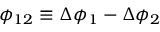
\phi _ { 1 2 } \equiv \Delta \phi _ { 1 } - \Delta \phi _ { 2 }